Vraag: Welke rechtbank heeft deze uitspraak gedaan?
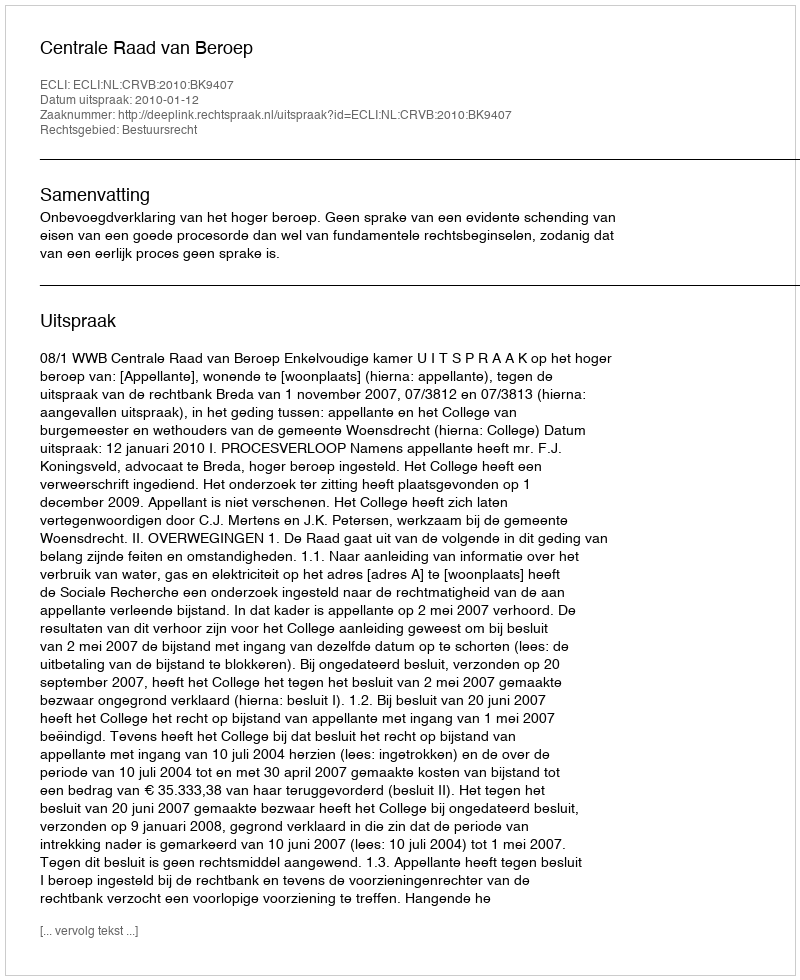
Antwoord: Centrale Raad van Beroep